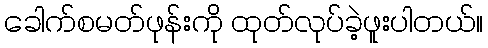
ခေါက်စမတ်ဖုန်းကို ထုတ်လုပ်ခဲ့ဖူးပါတယ်။